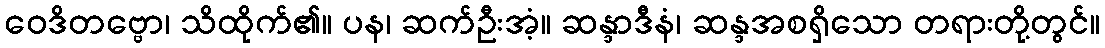
ဝေဒိတဗ္ဗော၊ သိထိုက်၏။ ပန၊ ဆက်ဦးအံ့။ ဆန္ဒာဒီနံ၊ ဆန္ဒအစရှိသော တရားတို့တွင်။